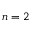
n = 2